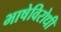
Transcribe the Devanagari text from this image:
भाषेविरोधी